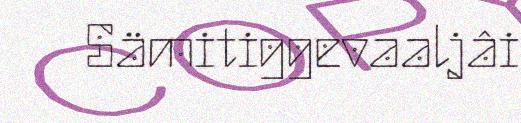
Sämitiggevaaljâi